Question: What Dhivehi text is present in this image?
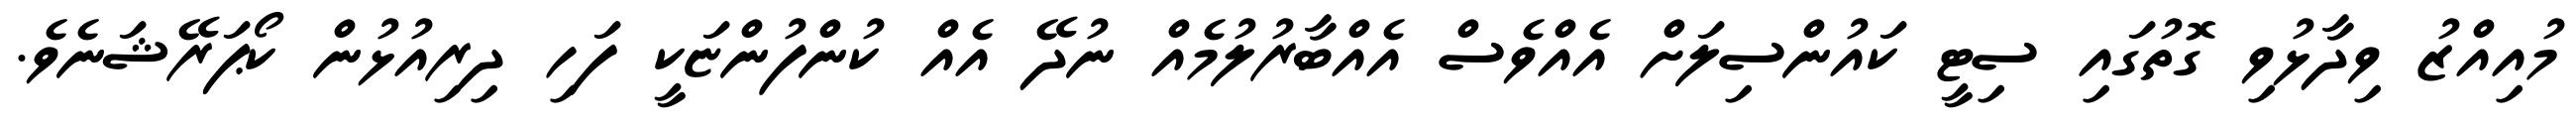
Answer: މުއިއްޒު ވިދާޅުވި ގޮތުގައި ސިޓީ ކައުންސިލަށް އެއްވެސް އެއްބާރުލުމެއް ނުދޭ އެއް ކުންފުންޏަކީ ފަހި ދިރިއުޅުން ކޯޕަރޭޝަނެވެ.